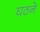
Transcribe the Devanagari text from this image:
घठने